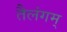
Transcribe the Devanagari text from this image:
तैलंगम्